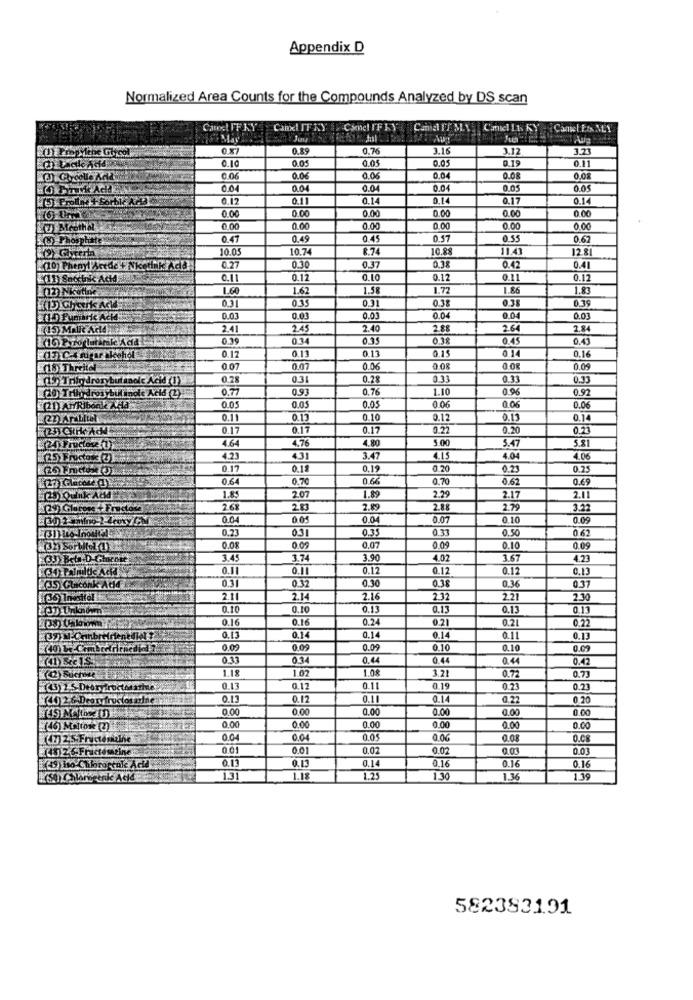
Appendix D
Normalized Area Counts for the Compounds Analyzed by DS scan
Camel IF KY
CanxLIT KY Camel IFLY
Camel LE KY
Juu &
0.87
0.89
0.76
3.16
3.12
3.23
0.10
0.0.
0.05
0.05
0.15
0.11
0.06
0.06
0.04
0.08
0.08
0.04
0.04
0.04
0.04
0.05
0.05
0.12
0.11
0.14
0.14
0.17
0.14
0.00
0.00
0.00
0.00
0.00
(7) Meothel
0.00
0.00
0.00
0.00
0.00
0.00
() Phosphate
0.41
0.49
0.45
0.57
0.55
0.62
10.05
10.74
8.74
10.88
11.4
12.8
0.38
(10) Phenyl Acede + Nkethk Add
0.27
0.30
0.37
0.42
0.41
(11) Snorink Acid
0.11
0.12
0.10
0.12
0.11
0.12
[(12) Nicotinic
1.60
1.62
1.58
1.72
1.86
1.83
0.31
0.35
0.31
0.38
0.38
0.39
(10) Pumaric Acid-
0.03
0.03
0.03
0.04
0.04
0.03
(15) MAlk Acide
2.41
2.45
2.40
2.88
2.64
2.84
(16) Pyro latinske Adid
0.39
01
0.35
0.38
0.45
0.43
(17) C.A sugar lechol
0.13
0.15
0.14
0.16
0.12
0.13
15 Threite
0.07
0.07
0.06
O OR
0.08
0.09
0.28
0.31
0.28
0.33
0.33
0.33
0.77
0.93
0.76
1.10
0.96
0.92
(20) Trilodros bulinole Acid (2)
0.05
0.06
0.06
(21) AHRIbonk AHta
0.05
0.05
0.06
0.11
0.13
0.10
0.12
0.13
0.14
0.17
0.17
0.17
0.22
0.20
0.23
4.64
4.76
4.80
5.00
5.47
5.81
25 Fructose (3)
4.23
431
3.47
4.15
4.04
4.06
0.17
0.18
0,19
0,20
0.23
0.25
0.64
0.70
0.66
0.70
0.62
0.69
2.07
2.29
25) Quink Ald
1.85
1.89
2.17
2.11
2.68
2.83
2.89
2.88
2.79
3.22
0.04
0.05
0.04
0.07
0.10
0.09
0,23
0.31
0.35
0.33
0.50
0.62
32) Sorbital (1)
0.08
0.09
0.07
0.09
0.10
0.09
(33) Beta-D Ghicott
3.45
3.74
3.90
4.02
3.67
4.23
0.1
0.11
0.12
0.12
0.12
0.13
0.3
0.32
0.30
0.38
35 Glaconk Add
0.36
0.37
2.11
2.14
2.16
2.32
2.21
2.30
37) Unknown
0.10
0.10
0.13
0.13
0.13
0.13
0.16
0.16
0.24
0.21
0.21
0.22
0.13
0.14
0.14
0.14
0.11
0.13
0.09
0.09
0.09
0.10
0.10
0.09
0.33
0.34
0.44
0.44
0.44
0.42
1.18
1.02
1.08
3.21
(42) Sucrose
0.72
0.73
(3) 1 5 Deor roctorafine
0.13
0.12
0.11
0.19
0.23
0.23
(0) 26 Deer fructosasine
0.13
0.12
0.14
0.22
0,20
0.00
0.00
0.00
0.00
0.00
0.00
0.00
0.00
0.00
0.00
0.00
0.00
(47) 2.5. Fructeskalne
0.04
0.04
0.05
0.06
0.08
0.01
0.01
0.02
0.02
0.03
0.13
0.13
0.14
0.16
0.16
0.16
(9) iso- Chloroptule Acta
1.31
1.18
1.25
1.30
1.36
1.39
5823831.91